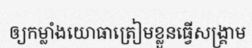
ឲ្យកម្លាំងយោធាត្រៀមខ្លួនធ្វើសង្គ្រាម